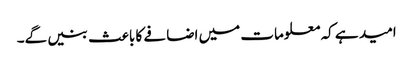
امید ہے کہ معلومات میں اضافے کا باعث بنیں گے۔